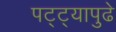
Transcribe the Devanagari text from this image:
पट्ट्यापुढे